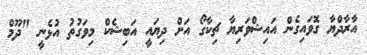
އާރާދްޔާ ގޮވައިގެން އައިޝްވަރިޔާ ޗިކާގޯ އަށް ދިޔައީ އަބިޝެކް މިވަގުތު އުޅެނީ "ދޫމް